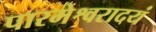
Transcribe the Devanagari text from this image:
पारमेश्वरादयं